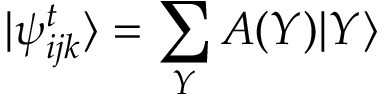
| \psi _ { i j k } ^ { t } \rangle = \sum _ { Y } A ( Y ) | Y \rangle